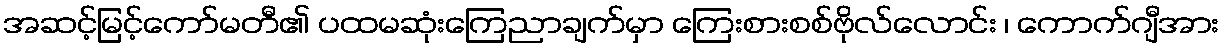
အဆင့်မြင့်ကော်မတီ၏ ပထမဆုံးကြေညာချက်မှာ ကြေးစားစစ်ဗိုလ်လောင်း ၊ ကောက်ဂျီအား